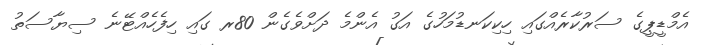
އެމްޑީޕީގެ ސަރުކާރެއްގައި ހިކިކަނޑުމަހުގެ އަގު އެންމެ ދަށްވެގެން 80ރ ގައި ހިފެހެއްޓޭނެ ސިޔާސަތު